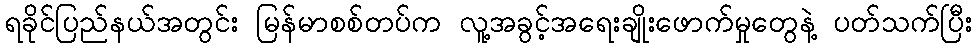
ရခိုင်ပြည်နယ်အတွင်း မြန်မာစစ်တပ်က လူ့အခွင့်အရေးချိုးဖောက်မှုတွေနဲ့ ပတ်သက်ပြီး